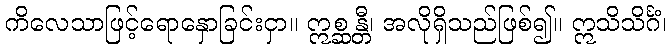
ကိလေသာဖြင့်ရောနှောခြင်းငှာ။ ဣစ္ဆန္တီ၊ အလိုရှိသည်ဖြစ်၍။ ဣသိသိင်္ဂံ၊